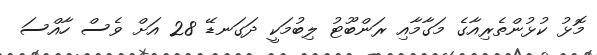
މޮޅު ކުޅުންތެރިއާގެ މަގާމާއި ރަންބޫޓު ލިބުމަކީ ދަގަނޑޭ 28 އަށް ވެސް ހާއްސަ